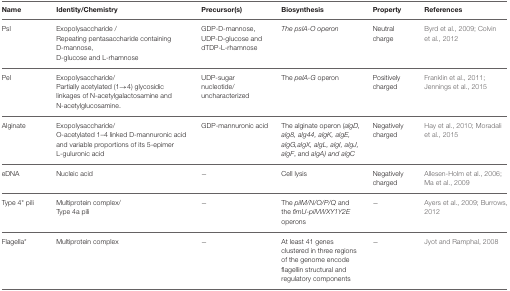
<table><thead><tr><td><b>Name</b></td><td><b>Identity/Chemistry</b></td><td><b>Precursor(s)</b></td><td><b>Biosynthesis</b></td><td><b>Property</b></td><td><b>References</b></td></tr></thead><tbody><tr><td>Psl</td><td>Exopolysaccharide / Repeating pentasaccharide containing D-mannose, D-glucose and L-rhamnose</td><td>GDP-D-mannose, UDP-D-glucose and dTDP-L-rhamnose</td><td><i>The pslA-O operon</i></td><td>Neutral charge</td><td>Byrd et al., 2009; Colvin et al., 2012</td></tr><tr><td>Pel</td><td>Exopolysaccharide/ Partially acetylated (1 → 4) glycosidic linkages of N-acetylgalactosamine and N-acetylglucosamine.</td><td>UDP-sugar nucleotide/ uncharacterized</td><td>The <i>pelA-G</i> operon</td><td>Positively charged</td><td>Franklin et al., 2011; Jennings et al., 2015</td></tr><tr><td>Alginate</td><td>Exopolysaccharide/ O-acetylated 1–4 linked D-mannuronic acid and variable proportions of its 5-epimer L-guluronic acid</td><td>GDP-mannuronic acid</td><td>The alginate operon (<i>algD, alg8, alg44, algK, algE, algG, algX, algL, algI, algJ, algF</i>, and <i>algA) and algC</i></td><td>Negatively charged</td><td>Hay et al., 2010; Moradali et al., 2015</td></tr><tr><td>eDNA</td><td>Nucleic acid</td><td>−</td><td>Cell lysis</td><td>Negatively charged</td><td>Allesen-Holm et al., 2006; Ma et al., 2009</td></tr><tr><td>Type 4<sup>*</sup> pili</td><td>Multiprotein complex/ Type 4a pili</td><td>−</td><td>The <i>pilM/N/O/P/Q</i> and the <i>fimU-pilVWXY1Y2E</i> operons</td><td>−</td><td>Ayers et al., 2009; Burrows, 2012</td></tr><tr><td>Flagella<sup>*</sup></td><td>Multiprotein complex</td><td>−</td><td>At least 41 genes clustered in three regions of the genome encode flagellin structural and regulatory components</td><td>−</td><td>Jyot and Ramphal, 2008</td></tr></tbody></table>